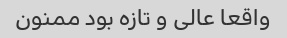
واقعا عالی و تازه بود ممنون